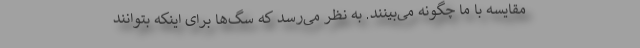
مقایسه با ما چگونه می‌بینند. به نظر می‌رسد که سگ‌ها برای اینکه بتوانند